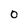
Character: 0